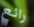
رائع